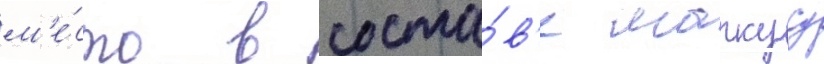
м'е́сто в соста́в'е маркусу